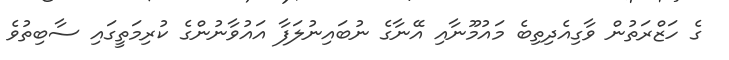
ގެ ހަޒްރަތުން ވާގިއެދިތިބެ މައުމޫނާއި އޭނާގެ ނުބައިނުލަފާ އައުވާނުންގެ ކުރިމަތީގައި ސާބިތުވެ